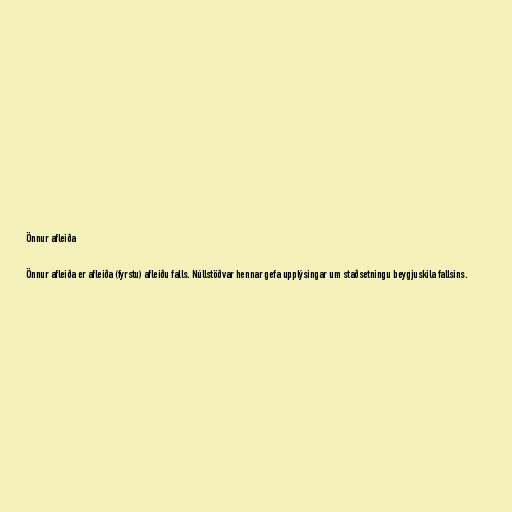
Önnur afleiða

Önnur afleiða er afleiða (fyrstu) afleiðu falls. Núllstöðvar hennar gefa upplýsingar um staðsetningu beygjuskila fallsins.